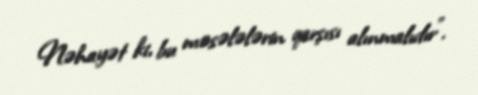
Nəhayət ki, bu məsələlərin qarşısı alınmalıdır”.